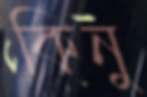
কিনু